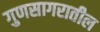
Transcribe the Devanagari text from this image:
गुणसागरातील